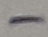
Text: -